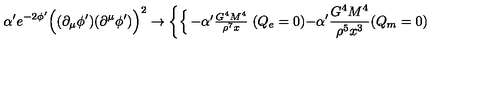
\alpha ^ { \prime } e ^ { - 2 \phi ^ { \prime } } \Bigl ( ( \partial _ { \mu } \phi ^ { \prime } ) ( \partial ^ { \mu } \phi ^ { \prime } ) \Bigr ) ^ { 2 } \rightarrow \left\{ \begin{cases} { - \alpha ^ { \prime } \frac { G ^ { 4 } M ^ { 4 } } { \rho ^ { 7 } x } } & { ( Q _ { e } = 0 ) } \\ { - \alpha ^ { \prime } \frac { G ^ { 4 } M ^ { 4 } } { \rho ^ { 5 } x ^ { 3 } } } & { ( Q _ { m } = 0 ) } \\ \end{cases} \right.